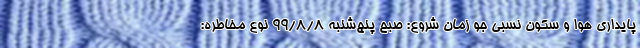
پایداری هوا و سکون نسبی جو زمان شروع: صبح پنج‌شنبه 99/8/8 نوع مخاطره: